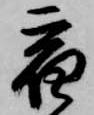
宿